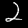
Digit: 2